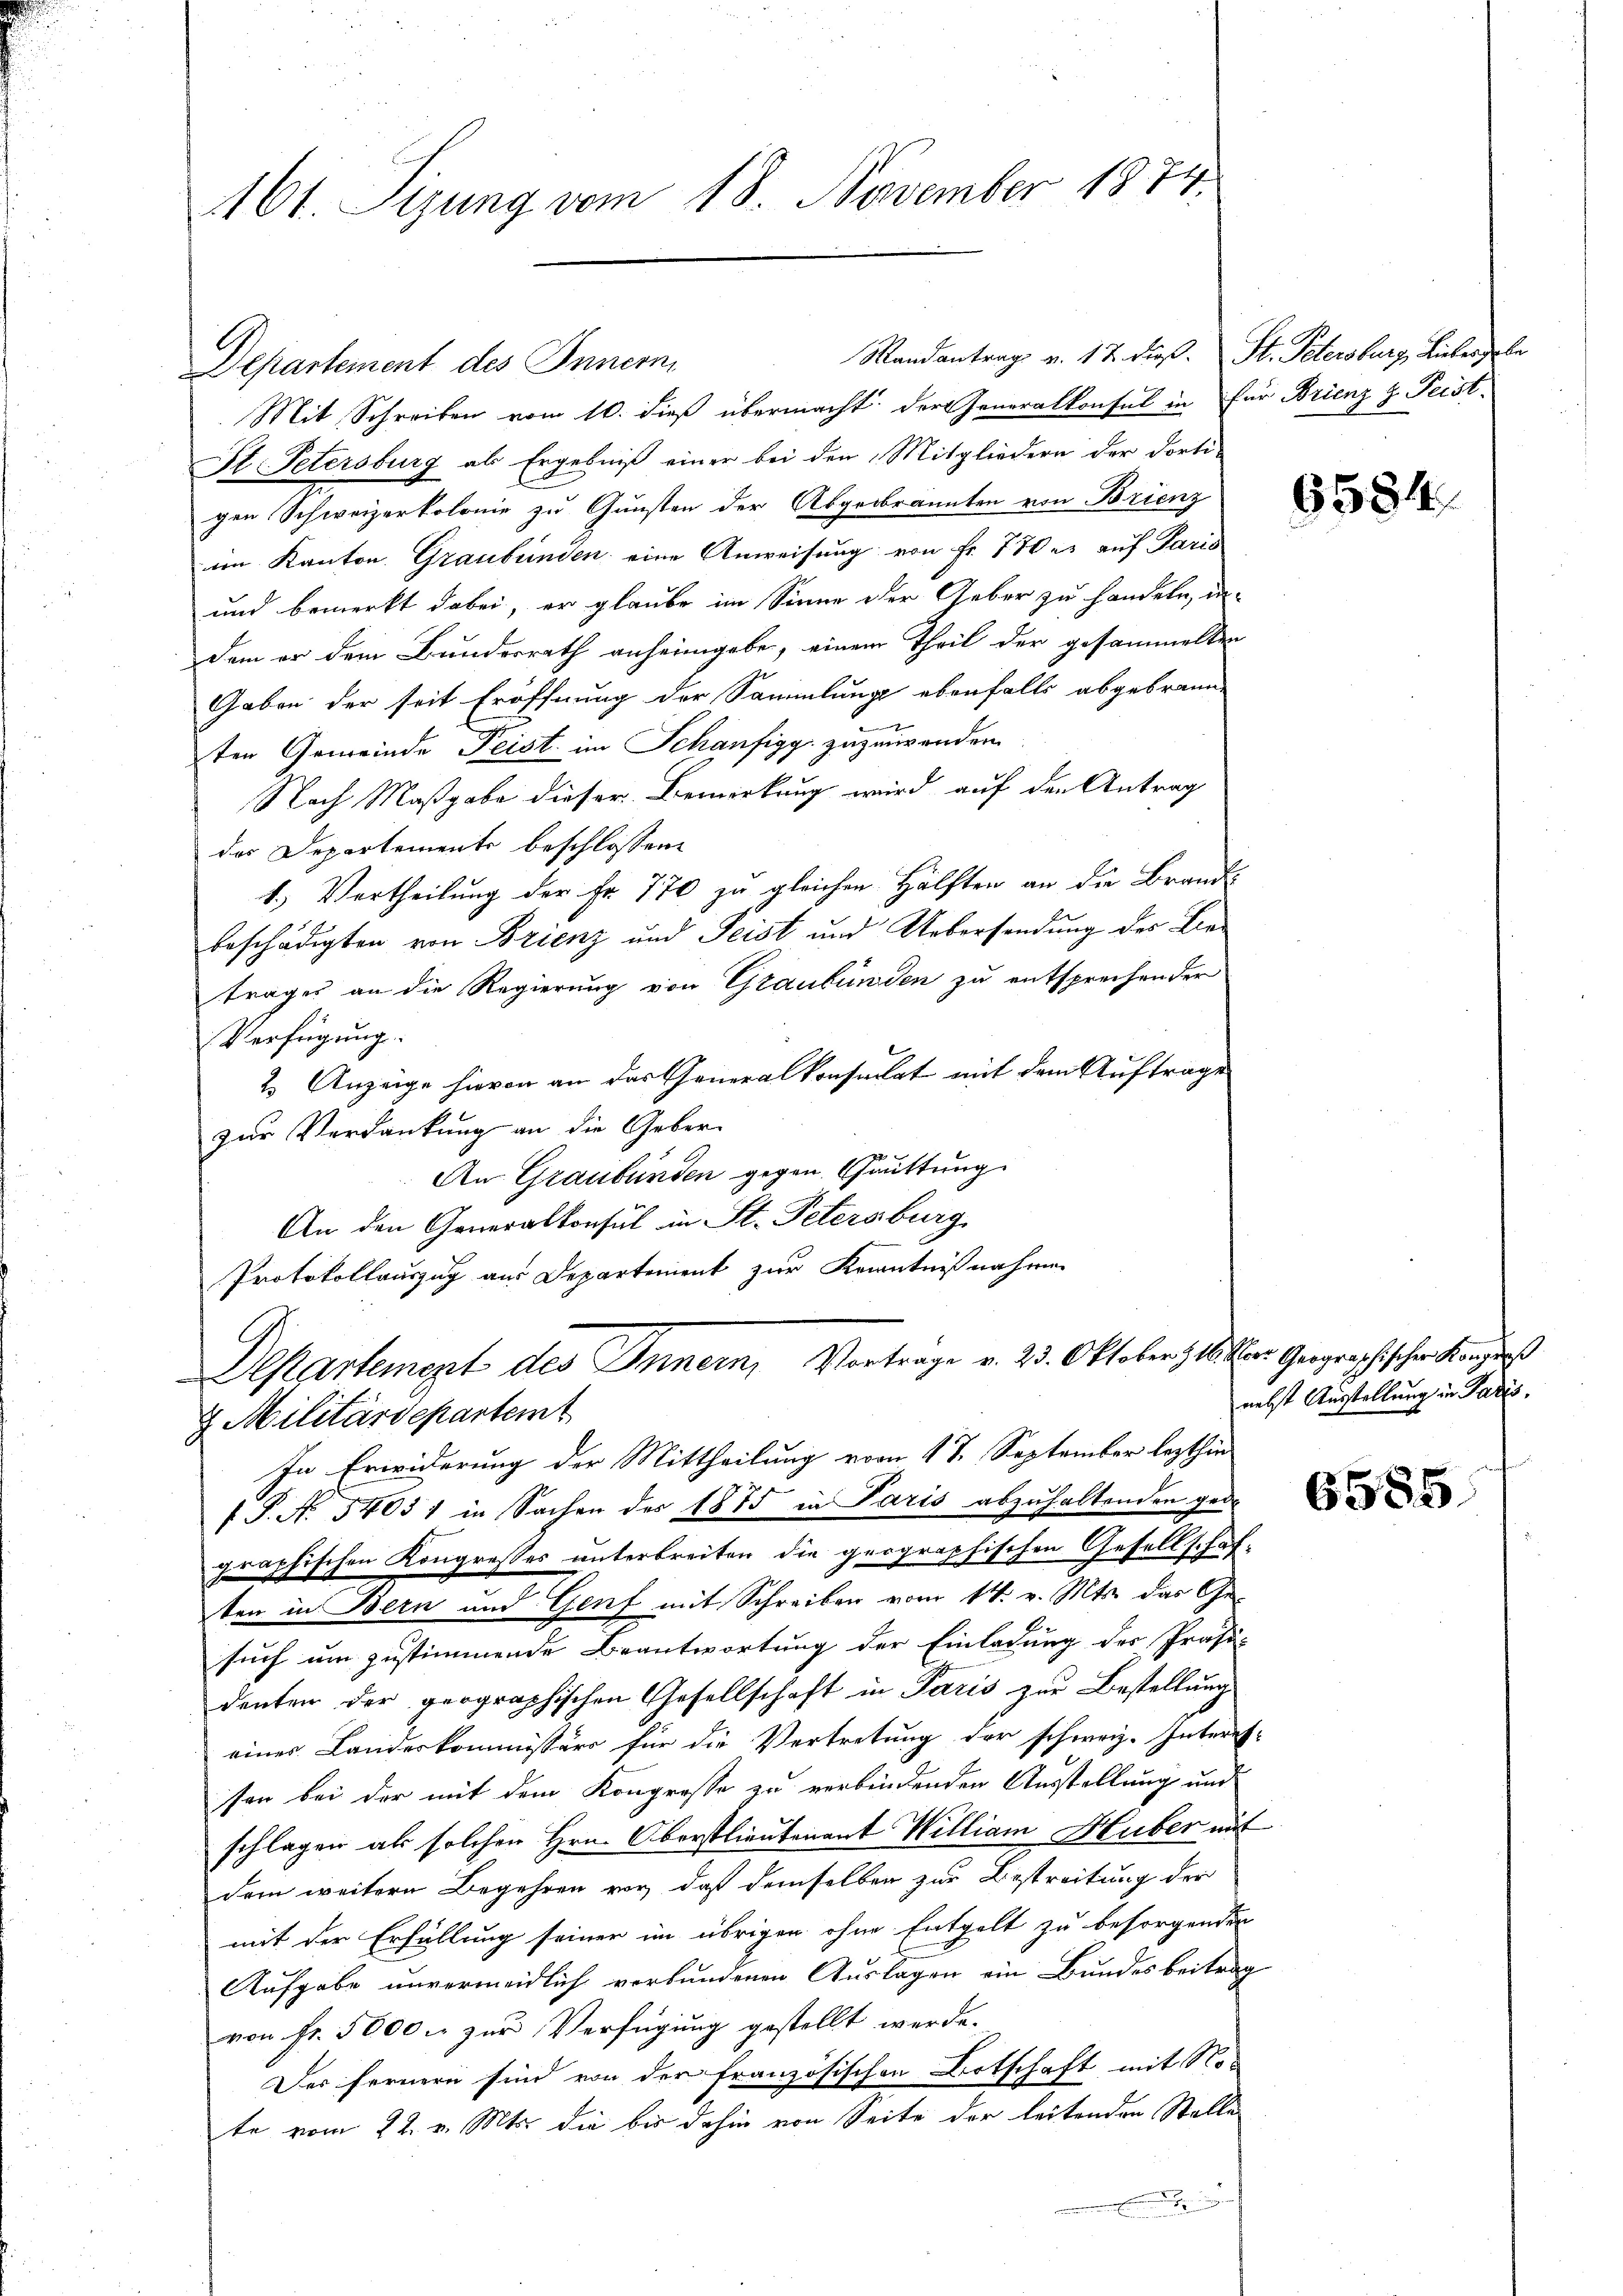
161. Sizung vom 18. November 1874.

Mandantrag v. 17. dieß. St. Petersburg, Lieber habe
Departement des Innern,
Mit Schreiben vom 10. dieß übermacht der Generalkonsul in für Brienz z. Feist¬
St. Petersburg als Ergebniß einer bei den Mitgliedern der dorti-
gen Schweizerkolonie zu Gunsten der Abgebrannten von Brienz
im Kanton Graubünden eine Anweisung von Fr. 770 er auf Paris
und bemerkt dabei, er glaube im Sinne der Geber zu handeln, in-
dem er dem Bundesrath anheimgebe, einem Theil der gesammelten
Gaben der seit Eröffnung der Sammlung ebenfalls abgebraun
ten Gemeinde Teist im Schaufigg zuzuwenden
Nach Maßgabe dieser Bemerkung wird auf den Antrag
das Departements beschlossen:
1.) Vertheilung der Fr. 770 zu gleichen Hälften an die Brand-
beschädigten von Brienz und Leist und Uebersendung des Lietrages an die Regierung von Graubünden zu entsprechender
Verfügung.
2.) Anzeige hievon an das Generalkonsultat mit dem Auftrage
zur Verdankung an die Geber¬
22
An Graubünden gegen Grüttung
An den Generalkonsul in St. Petersburg
Protokollauszug aus Departement zur Kenntnißnahmen
Departement des Inner, Vorträge v. 23. Oktober Mitter Geographischen Kongreß
2 Militärdepartemt
In Erwiderung der Mittheilung vom 17. September lezthin
f P. N. 34031 in Sachen der 1875 in Paris abzuhaltenden gedr
graphischen Kongresses unterbreiten die geographischen Gesellschaften in Bern und Genf mit Schreiben vom 14. v. Mts. das Gesuch um zustimmende Beantwortung der Einladung der Präsi-
denten der geographischen Gesellschaft in Paris zur Bestellung
eines Landeskommissär für die Vertretung der schweiz. Interes-
sten bei der mit dem Kongresse zu verbindenden Ausstellung und
schlagen als solchen Hrn. Oberstlieutenant William Huber mit
dem weitere Begehren vor, daß demselben zur Bestreitung der
mit der Erfüllung seiner im übrigen ohne Entgelt zu besorgenden
Aufgabe unvermeidlich verbundenen Auslagen ein Bundesbeitrag
von fr. 5000. zur Verfügung gestellt werde.
Der fernern sind von der französischen Ortschaft mit No-
te vom 22. v. Mts. die bis dahin von Seite der leitenden Stalle
.

6584.

nebst Ausstellung in Paris.

6585